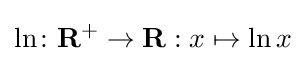
\ln \colon \mathbf {R} ^{+}\to \mathbf {R} :x\mapsto \ln {x}